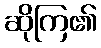
ဆိုကြ၏